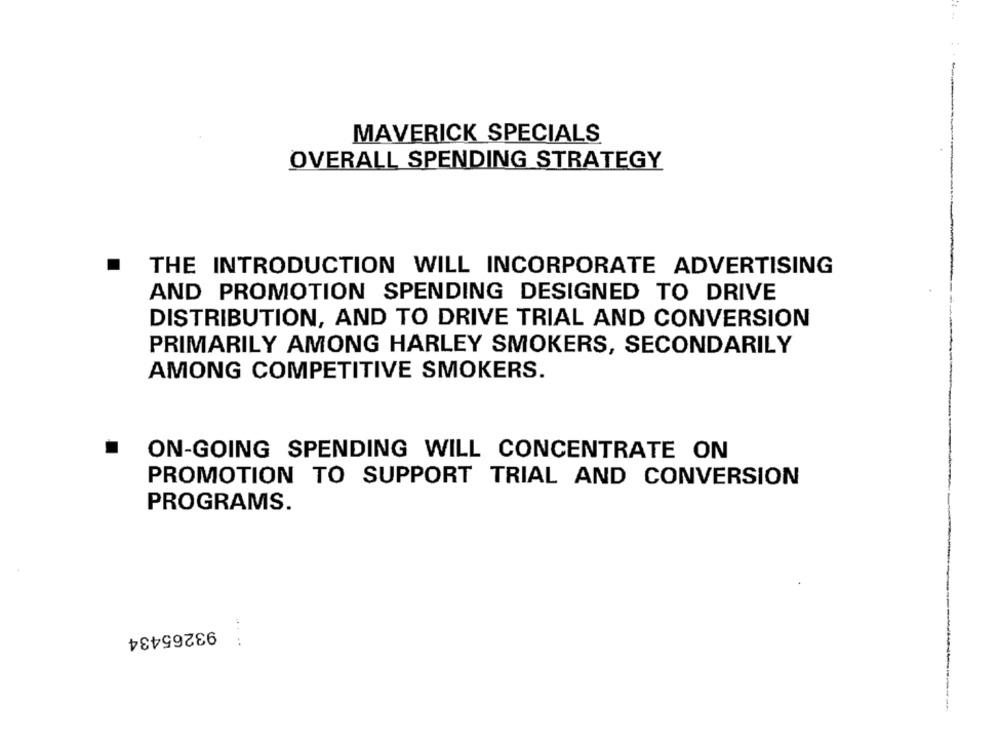
MAVERICK SPECIALS
OVERALL SPENDING STRATEGY
THE INTRODUCTION WILL INCORPORATE ADVERTISING
AND PROMOTION SPENDING DESIGNED TO DRIVE
DISTRIBUTION, AND TO DRIVE TRIAL AND CONVERSION
PRIMARILY AMONG HARLEY SMOKERS, SECONDARILY
AMONG COMPETITIVE SMOKERS.
ON-GOING SPENDING WILL CONCENTRATE ON
PROMOTION TO SUPPORT TRIAL AND CONVERSION
PROGRAMS.
93265434
....